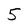
Character: 5